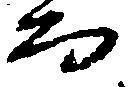
而